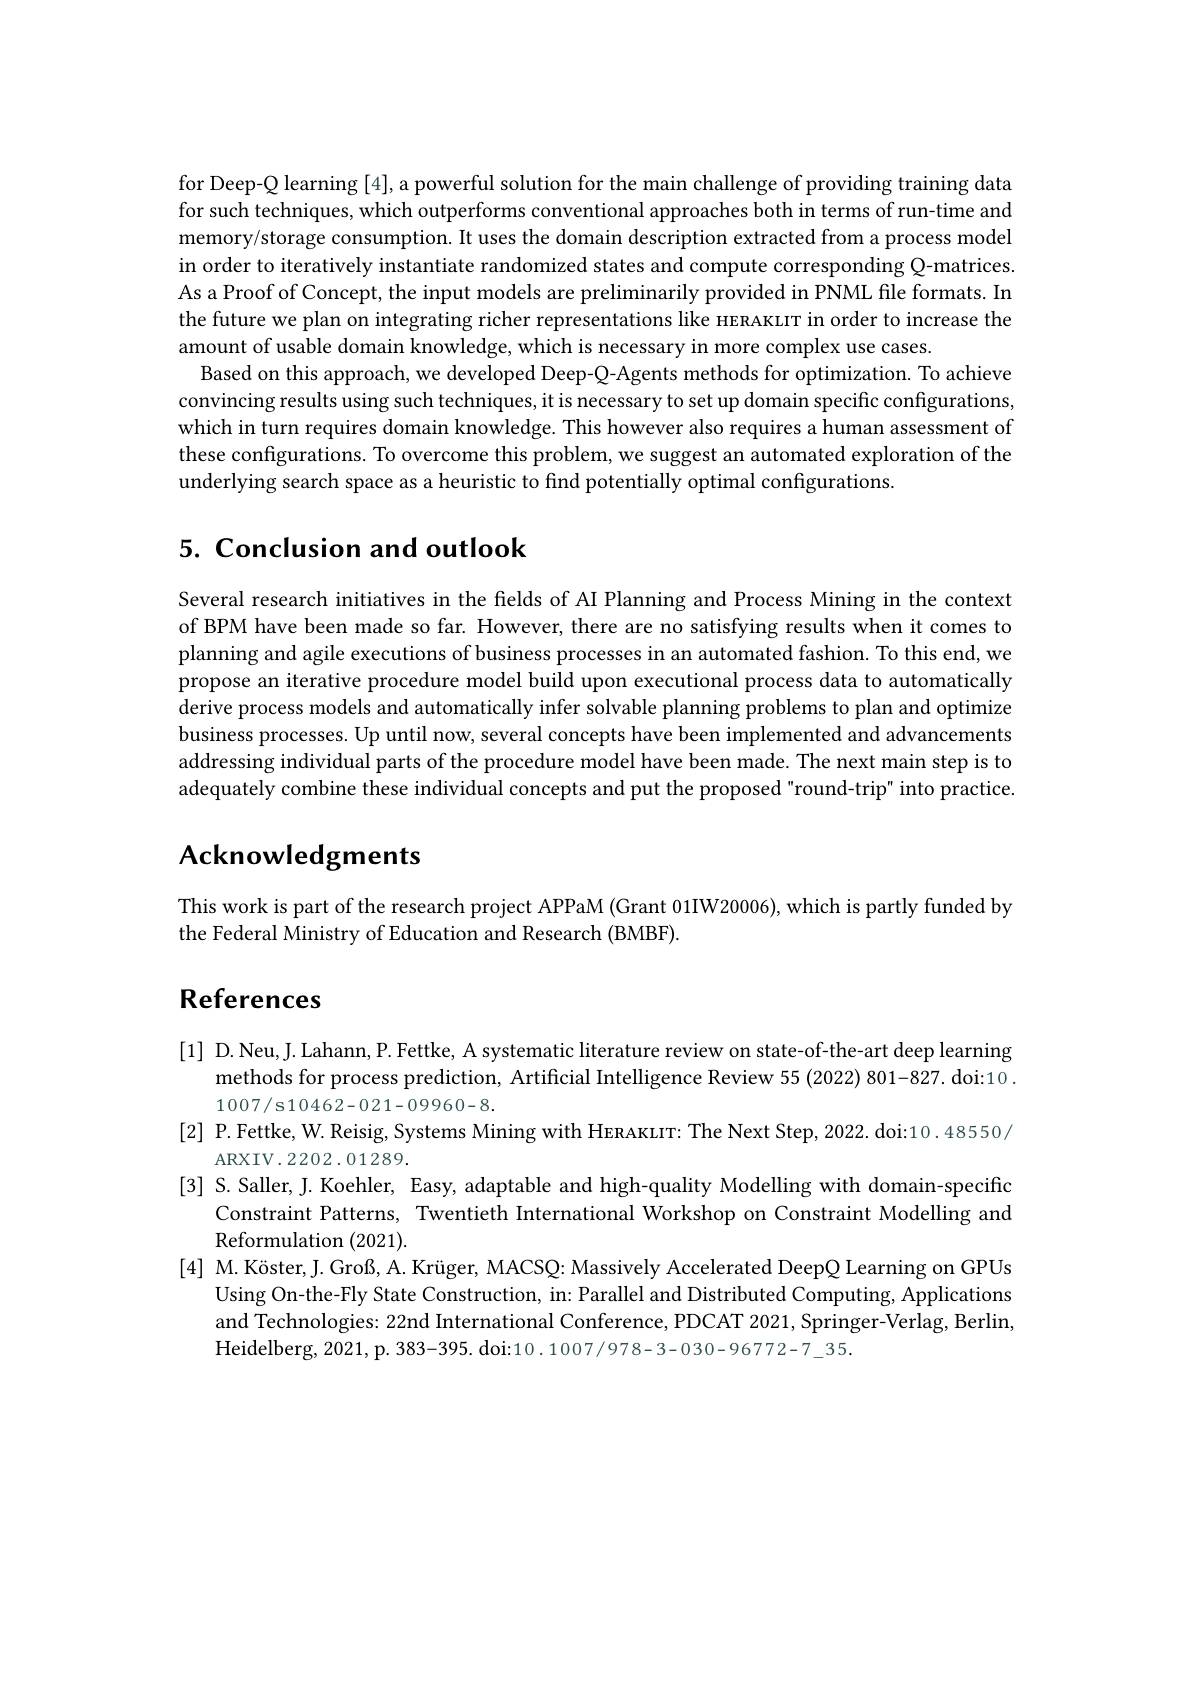
for Deep-Q learning [4], a powerful solution for the main challenge of providing training data for such techniques, which outperforms conventional approaches both in terms of run-time and memory/storage consumption. It uses the domain description extracted from a process model in order to iteratively instantiate randomized states and compute corresponding Q-matrices. As a Proof of Concept, the input models are preliminarily provided in PNML file formats. In the future we plan on integrating richer representations like HERAKLIT in order to increase the amount of usable domain knowledge, which is necessary in more complex use cases.
Based on this approach, we developed Deep-Q-Agents methods for optimization. To achieve convincing results using such techniques, it is necessary to set up domain specific configurations which in turn requires domain knowledge. This however also requires a human assessment of these configurations. To overcome this problem, we suggest an automated exploration of the underlying search space as a heuristic to find potentially optimal configurations

# 5. Conclusion and outlook

Several research initiatives in the fields of AI Planning and Process Mining in the context of BPM have been made so far. However, there are no satisfying results when it comes to planning and agile executions of business processes in an automated fashion. To this end, we propose an iterative procedure model build upon executional process data to automatically derive process models and automatically infer solvable planning problems to plan and optimize business processes. Up until now, several concepts have been implemented and advancements addressing individual parts of the procedure model have been made. The next main step is to adequately combine these individual concepts and put the proposed"round-trip" into practice.

# Acknowledgments

This work is part of the research project APPaM (Grant 01IW20006), which is partly funded by
the Federal Ministry of Education and Research (BMBF).

# References

[1] D.Neu,J. Lahann, P. Fettke, A systematic literature review on state-of-the-art deep learning
methods for process prediction, Artificial Intelligence Review 55 (2022) 801-827. doi:10
1007/s10462-021-09960-8.
[2] P.Fettke, W. Reisig, Systems Mining with HERAKLIT: The Next Step, 2022. doi:10.48550/
ARXIV. 2202. 01289.
[3] S.Saller, J.Koehler, Easy, adaptable and high-quality Modelling with domain-specific
Constraint Patterns, Twentieth International Workshop on Constraint Modelling and
Reformulation (2021).
[4] M. Köster, J. Groß, A. Krüger, MACSQ: Massively Accelerated DeepQ Learning on GPUs
Using On-the-Fly State Construction, in: Parallel and Distributed Computing, Applications and Technologies: 22nd International Conference, PDCAT 2021, Springer-Verlag, Berlin, $Heidelberg,2021,p.383-395.doi:10.1007/978-3-030-96772-7\_35.$